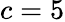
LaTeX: c=5